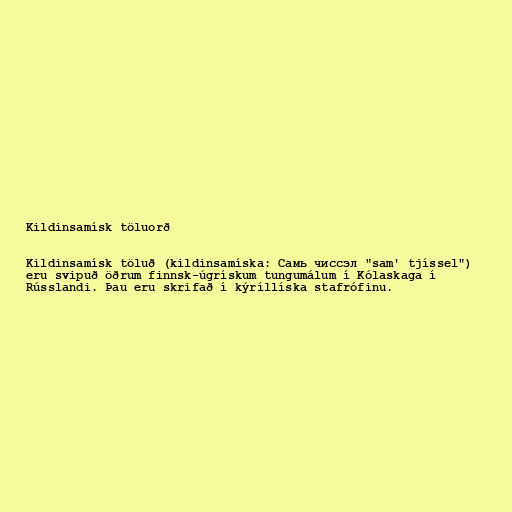
Kildinsamísk töluorð

Kildinsamísk töluð (kildinsamíska: Самь чиссэл "sam' tjíssel")
eru svipuð öðrum finnsk-úgrískum tungumálum í Kólaskaga í
Rússlandi. Þau eru skrifað í kýríllíska stafrófinu.